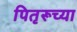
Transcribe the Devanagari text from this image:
पितृरूच्या